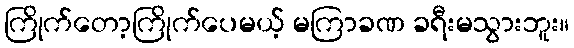
ကြိုက်တော့ကြိုက်ပေမယ့် မကြာခဏ ခရီးမသွားဘူး။